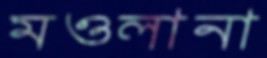
মওলানা